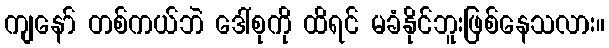
ကျနော် တစ်ကယ်ဘဲ ဒေါ်စုကို ထိရင် မခံနိုင်ဘူးဖြစ်နေသလား။